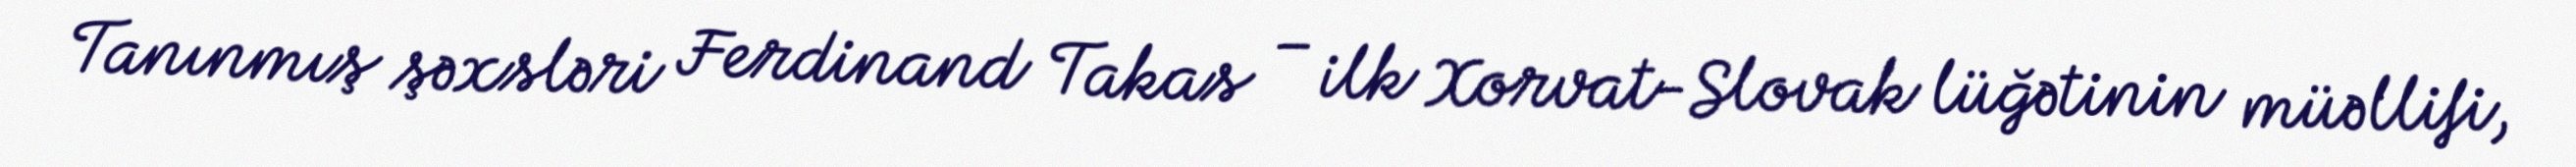
Tanınmış şəxsləri Ferdinand Takas – ilk Xorvat-Slovak lüğətinin müəllifi,